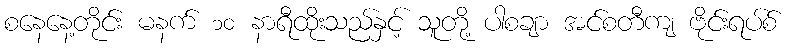
စနေနေ့တိုင်း မနက် ၁၀ နာရီထိုးသည်နှင့် သူတို့ ပါစချာ အင်စတီကျ ဗိုင်းရပ်စ်